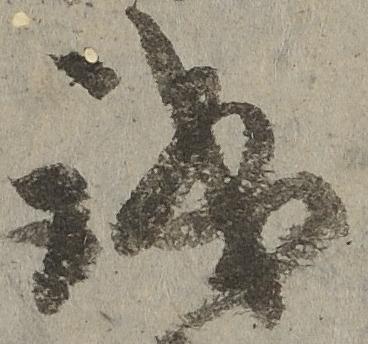
誠